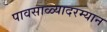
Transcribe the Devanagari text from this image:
पावसाळ्यादरम्यान